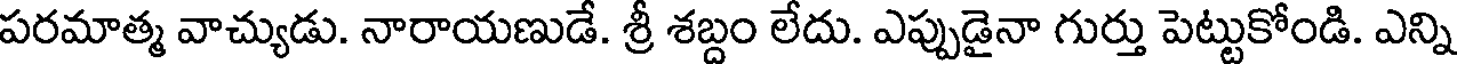
పరమాత్మ వాచ్యుడు. నారాయణుడే. శ్రీ శబ్దం లేదు. ఎప్పుడైనా గుర్తు పెట్టుకోండి. ఎన్ని